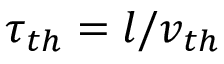
\tau _ { t h } = l / v _ { t h }